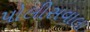
પોલીસવાલા